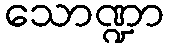
သောဏ္ဍာ